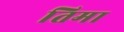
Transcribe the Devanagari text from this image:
तिमा